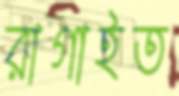
রাগাইত